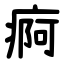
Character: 痾